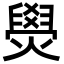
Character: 燢